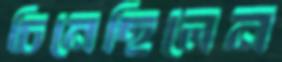
চিনেছিলেন